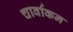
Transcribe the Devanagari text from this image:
चार्वाकन